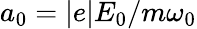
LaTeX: a_{0}=|e|E_{0}/m\omega_{0}